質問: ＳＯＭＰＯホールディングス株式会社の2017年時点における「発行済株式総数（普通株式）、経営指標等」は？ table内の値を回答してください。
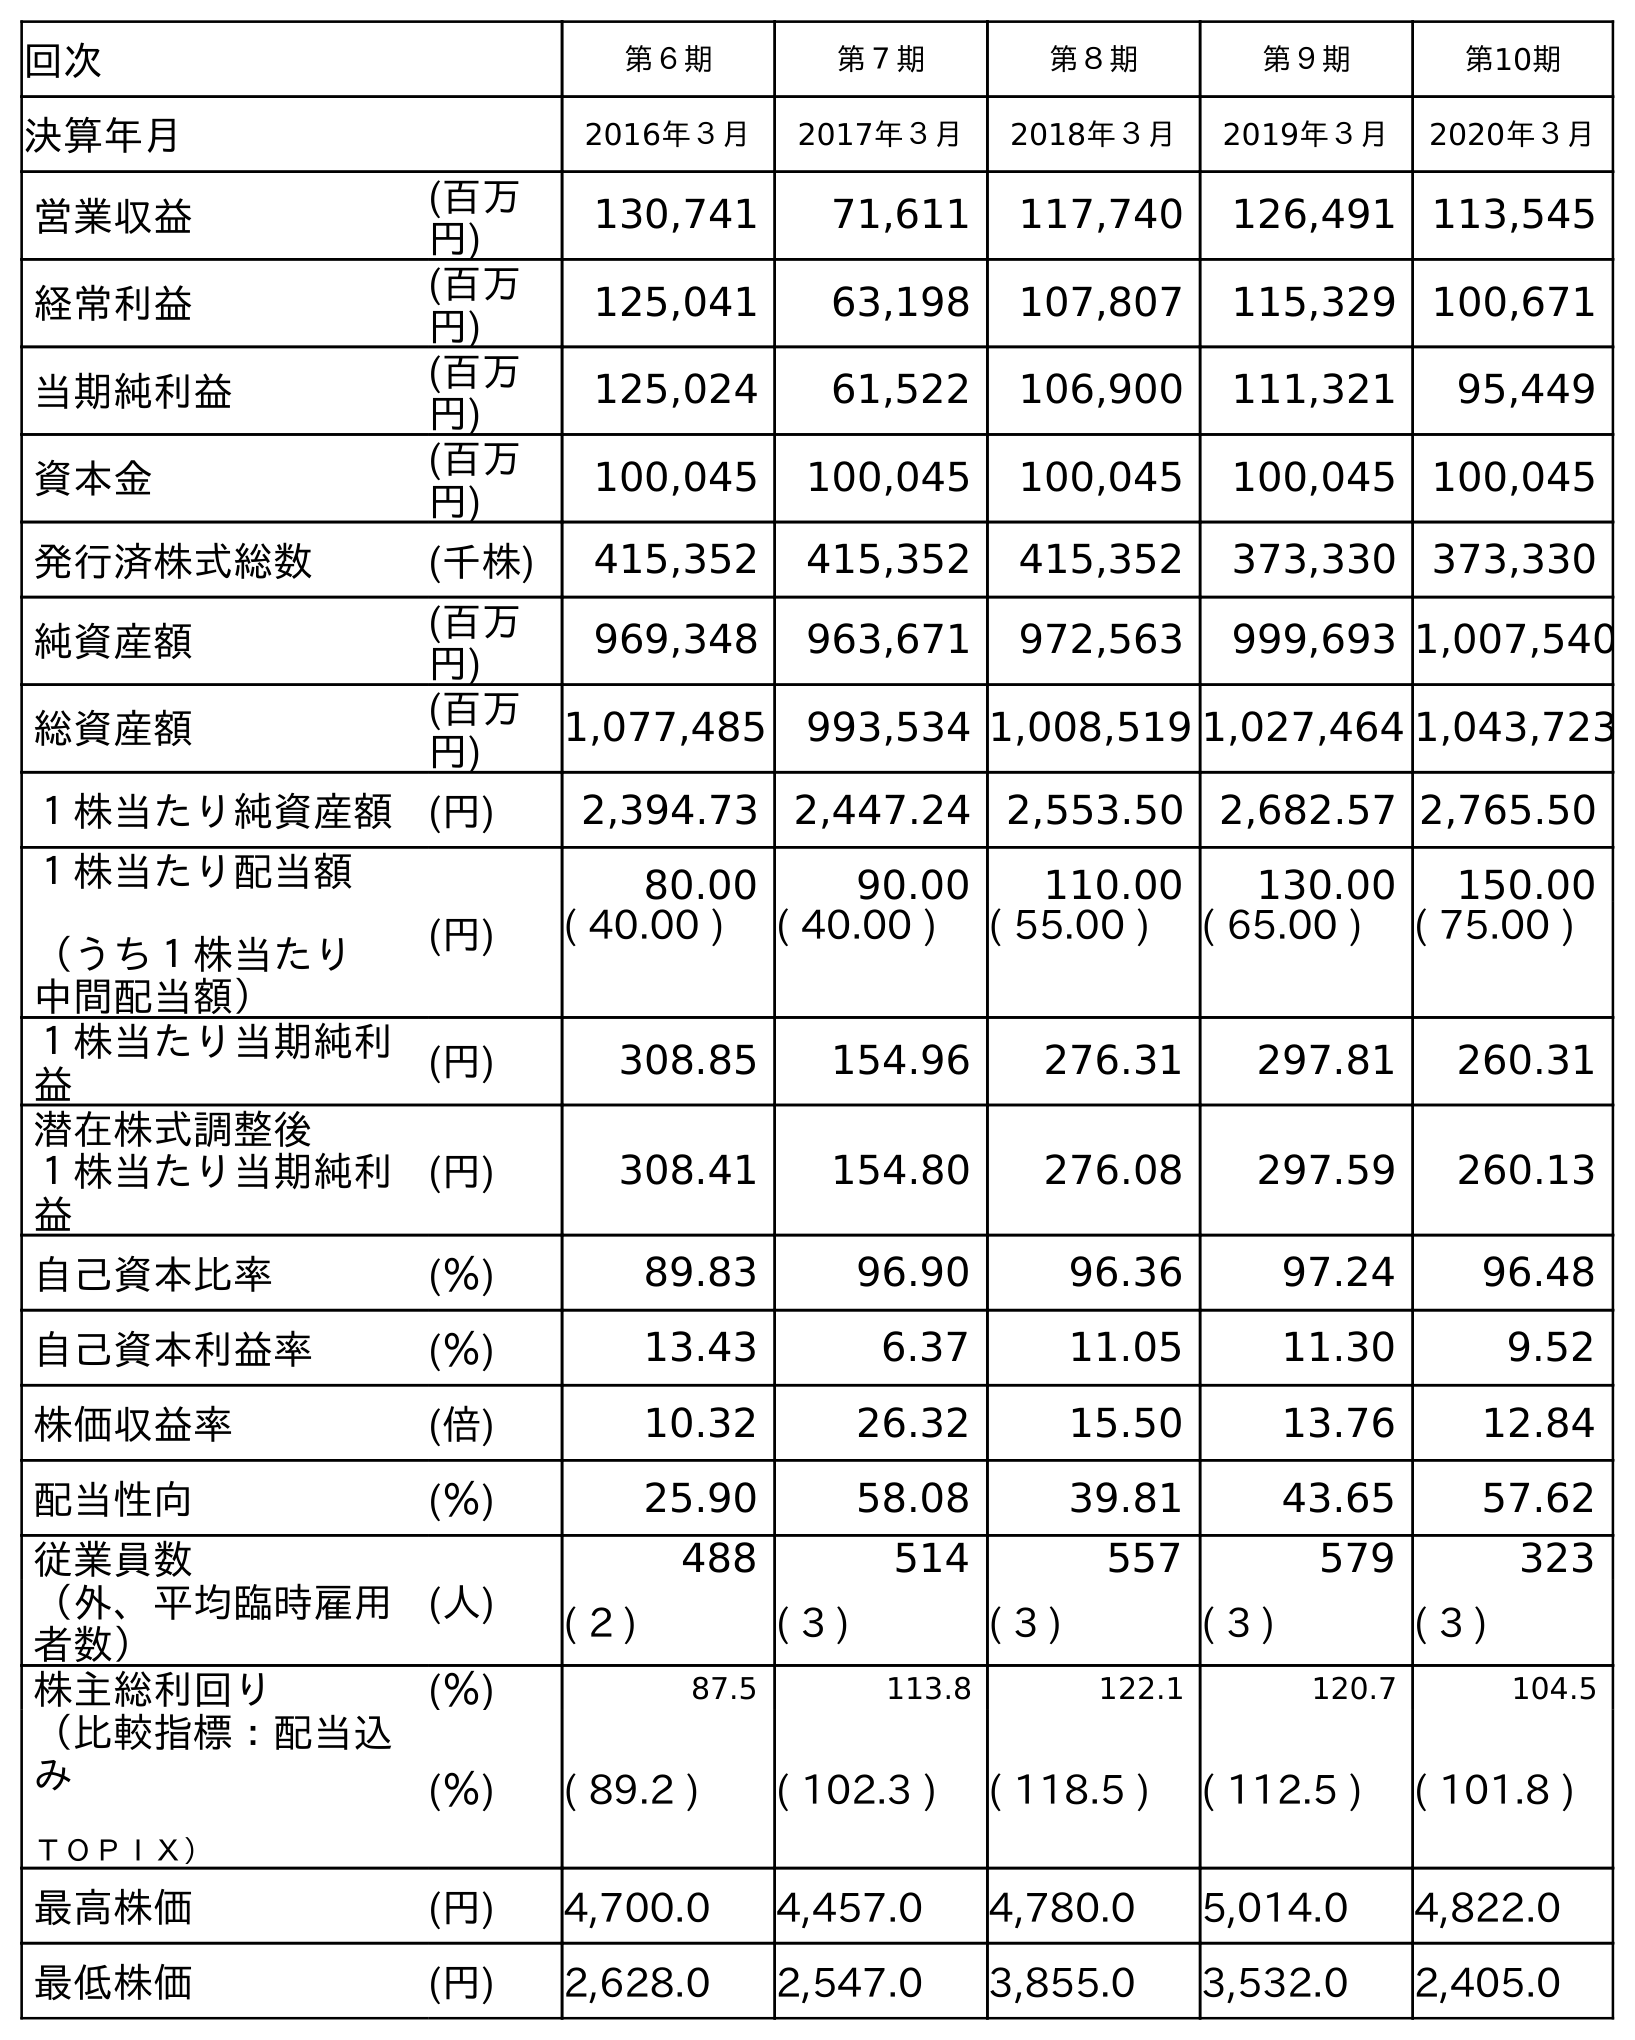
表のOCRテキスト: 回次 第６期 第７期 第８期 第９期 第10期 決算年月 2016年３月 2017年３月 2018年３月 2019年３月 2020年３月 営業収益 (百万 円) 130,741 71,611 117,740 126,491 113,545 経常利益 (百万 円) 125,041 63,198 107,807 115,329 100,671 当期純利益 (百万 円) 125,024 61,522 106,900 111,321 95,449 資本金 (百万 円) 100,045 100,045 100,045 100,045 100,045 発行済株式総数 (千株) 415,352 415,352 415,352 373,330 373,330 純資産額 (百万 円) 969,348 963,671 972,563 999,693 1,007,540 総資産額 (百万 円) 1,077,485 993,534 1,008,519 1,027,464 1,043,723 １株当たり純資産額 (円) 2,394.73 2,447.24 2,553.50 2,682.57 2,765.50 １株当たり配当額 （うち１株当たり 中間配当額） (円) 80.00 90.00 110.00 130.00 150.00 ( 40.00 ) ( 40.00 ) ( 55.00 ) ( 65.00 ) ( 75.00 ) １株当たり当期純利 益 (円) 308.85 154.96 276.31 297.81 260.31 潜在株式調整後 １株当たり当期純利 益 (円) 308.41 154.80 276.08 297.59 260.13 自己資本比率 (％) 89.83 96.90 96.36 97.24 96.48 自己資本利益率 (％) 13.43 6.37 11.05 11.30 9.52 株価収益率 (倍) 10.32 26.32 15.50 13.76 12.84 配当性向 (％) 25.90 58.08 39.81 43.65 57.62 従業員数 (人) 488 514 557 579 323 （外、平均臨時雇用 者数） ( 2 ) ( 3 ) ( 3 ) ( 3 ) ( 3 ) 株主総利回り (％) 87.5 113.8 122.1 120.7 104.5 （比較指標：配当込 み ＴＯＰＩＸ） (％) ( 89.2 ) ( 102.3 ) ( 118.5 ) ( 112.5 ) ( 101.8 ) 最高株価 (円) 4,700.0 4,457.0 4,780.0 5,014.0 4,822.0 最低株価 (円) 2,628.0 2,547.0 3,855.0 3,532.0 2,405.0
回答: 415,352